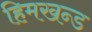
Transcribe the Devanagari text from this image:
हिमखन्ड